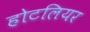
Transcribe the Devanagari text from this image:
होटलियर